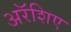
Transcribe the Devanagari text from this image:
अरॅशिए